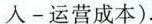
入-运营成本).